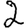
Digit: 2